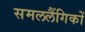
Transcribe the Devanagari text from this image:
समललैंगिकों